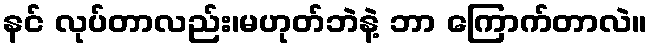
နင် လုပ်တာလည်း၊မဟုတ်ဘဲနဲ့ ဘာ ကြောက်တာလဲ။